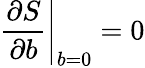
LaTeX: \left.\frac{\partial S}{\partial b}\right|_{b=0}=0